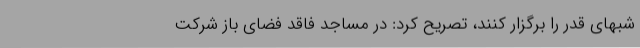
شبهای قدر را برگزار کنند، تصریح کرد: در مساجد فاقد فضای باز شرکت